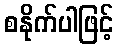
စနိုက်ပါဖြင့်